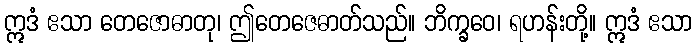
ဣဒံ ဧသာ တေဇောဓာတု၊ ဤတေဇေဓာတ်သည်။ ဘိက္ခဝေ၊ ရဟန်းတို့။ ဣဒံ ဧသာ